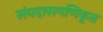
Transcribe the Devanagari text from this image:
संघदासगणिकृत